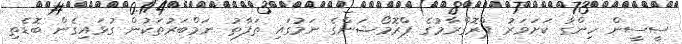
ސީސީން ހިންގާ ކަށަވަރު ޕްރޮގްރާމުގެ ޕްރޮމޯޝަންގެ ނަމުގައި ތަފާތު ނަމްބަރުތަކުން ގުޅައިގެން ބޮޑެތި